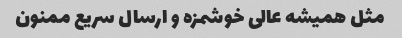
مثل همیشه عالی خوشمزه و ارسال سریع ممنون